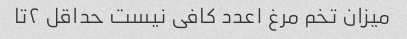
میزان تخم مرغ ۱عدد کافی نیست حداقل ۲تا